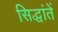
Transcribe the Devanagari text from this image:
सिद्धांतें